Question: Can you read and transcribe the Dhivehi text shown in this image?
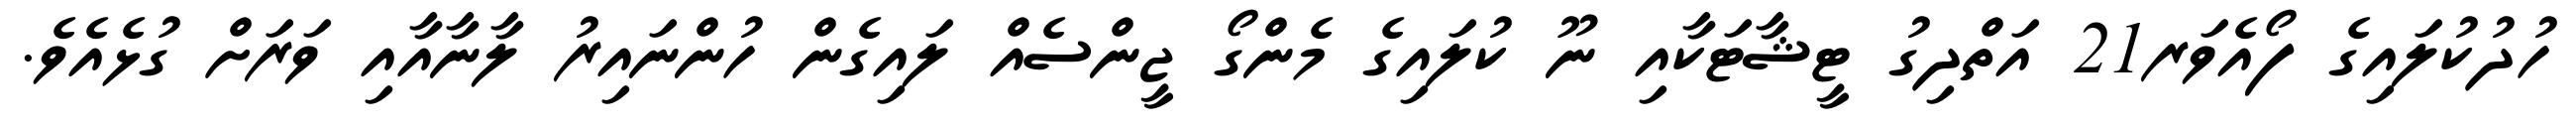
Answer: ހުދުކުލައިގެ ފޯއެވަރ21 އަތްދިގު ޓީޝާޓަކާއި ނޫ ކުލައިގެ މެންގޯ ޖީންސެއް ލައިގެން ހުންނައިރު ލާނާއާއި ވަރަށް ގުޅެއެވެ.